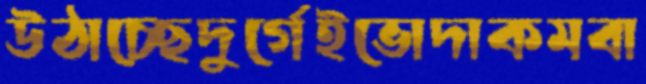
উঠাচ্ছেদুর্গেইভোদাকমবা